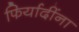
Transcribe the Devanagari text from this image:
फिर्यादींना